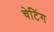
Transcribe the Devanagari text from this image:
चेटिंग